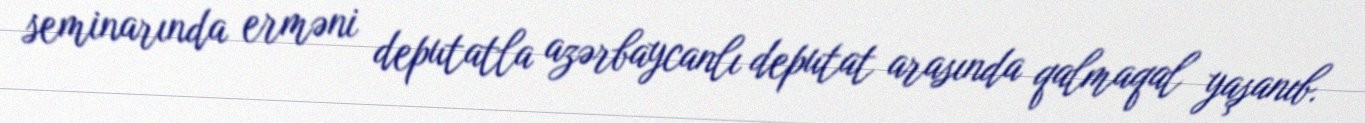
seminarında erməni deputatla azərbaycanlı deputat arasında qalmaqal yaşanıb.